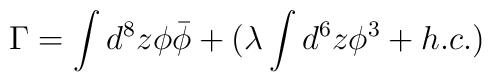
\Gamma=\int d^8 z \phi\bar{\phi}+\big(\lambda \int d^6 z {\phi}^3+ h.c.)